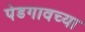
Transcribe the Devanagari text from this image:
पेडगावच्या